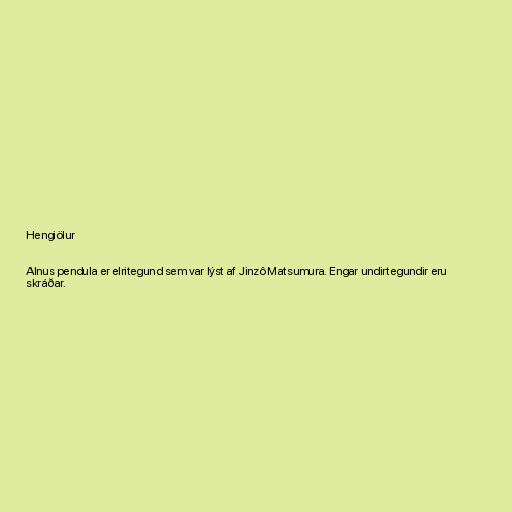
Hengiölur

Alnus pendula er elritegund sem var lýst af Jinzô Matsumura. Engar undirtegundir eru
skráðar.